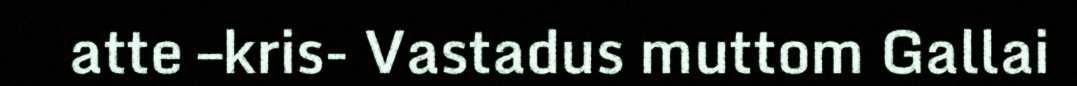
atte –kris- Vastadus muttom Gallai